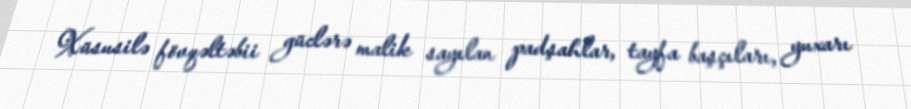
Xüsusilə fövqəltəbii güclərə malik sayılan padşahlar, tayfa başçıları, yuxarı